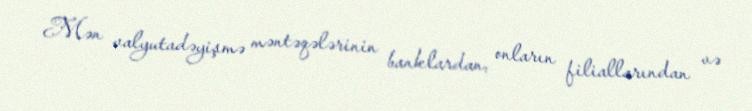
Mən valyutadəyişmə məntəqələrinin banklardan, onların filiallarından və